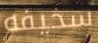
سخيفه